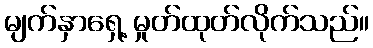
မျက်နှာရှေ့ မှုတ်ထုတ်လိုက်သည်။